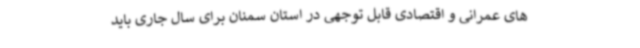
های عمرانی و اقتصادی قابل توجهی در استان سمنان برای سال جاری باید